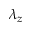
\lambda _ { z }